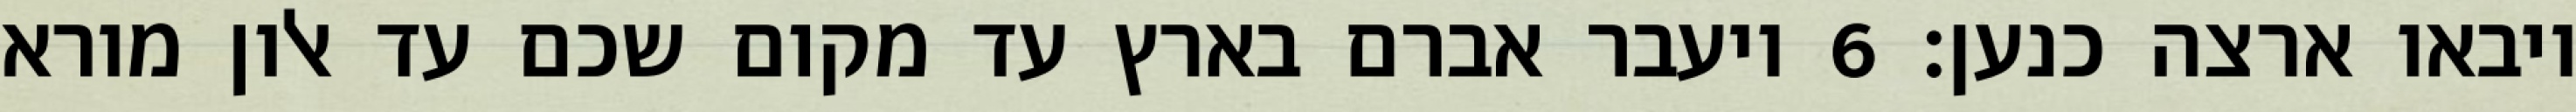
ויבאו ארצה כנען׃ ‎6‏ ויעבר אברם בארץ עד מקום שכם עד אלון מורא